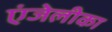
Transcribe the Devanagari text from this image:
एंजेलीका